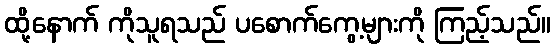
ထို့နောက် ကိုသူရသည် ပစောက်ကွေ့များကို ကြည့်သည်။